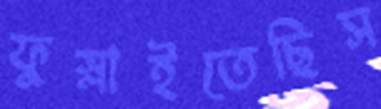
ফুস্‌লাইতেছিস